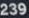
239